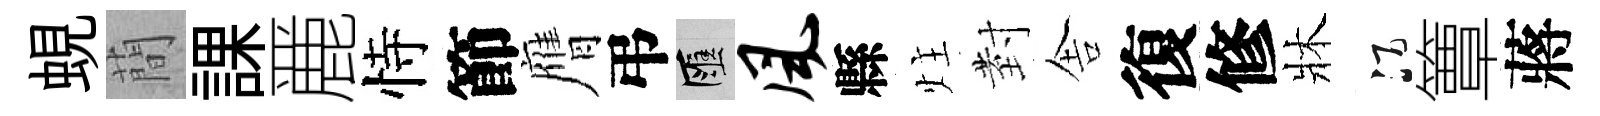
蜆蕳課䴡恃節膺弔匯风縣炷𭔹舎復修牀酒簟蔣